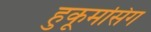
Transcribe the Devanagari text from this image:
हुकूमसिंग